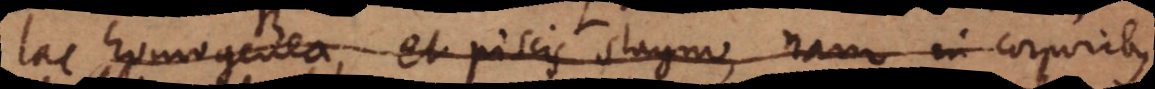
lac homogenea, et piscis stagno, nam in corporibus